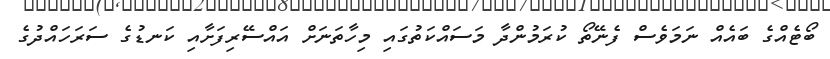
ބޯޓެއްގެ ބައެއް ނަމަވެސް ފެނޭތޯ ކުރަމުންދާ މަސައްކަތުގައި މިހާތަނަށް އައްސޭރިފަށާއި ކަނޑުގެ ސަރަހައްދުގެ